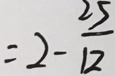
= 2 - \frac { 2 5 } { 1 2 }